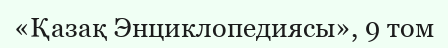
«Қазақ Энциклопедиясы», 9 том